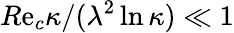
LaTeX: R\mathrm{e}_{c}\kappa/(\lambda^{2}\ln\kappa)\ll1